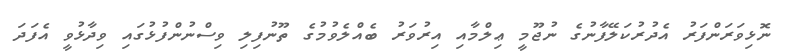
ނޮޅިވަރަންފަރު އެދުރުކަލޭފާނުގެ ނުޖޫމީ ޢިލްމާއި އިރުވަރު ބެއްލެވުމުގެ ތޫނުފިލި ވިސްނުންފުޅުގައި ވިދާޅުވީ އެފަދަ